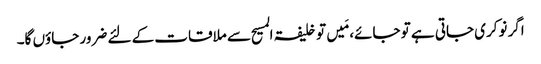
اگر نوکری جاتی ہے تو جائے، مَیں تو خلیفۃ المسیح سے ملاقات کے لئے ضرور جاؤں گا۔